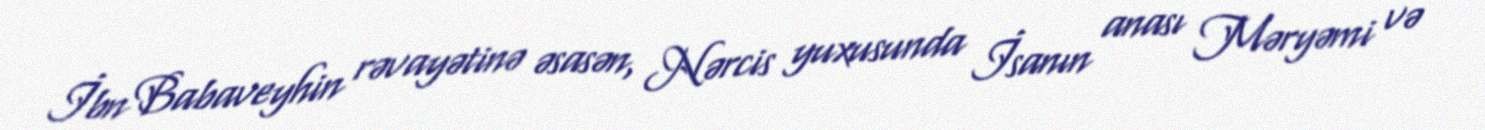
İbn Babaveyhin rəvayətinə əsasən, Nərcis yuxusunda İsanın anası Məryəmi və